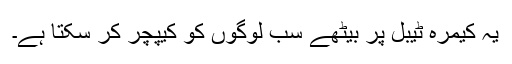
یہ کیمرہ ٹیبل پر بیٹھے سب لوگوں کو کیپچر کر سکتا ہے۔